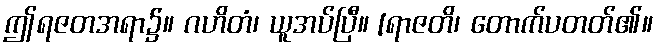
ဤရဇတအရာ၌။ ဂဟိတံ၊ ယူအပ်ပြီ။ [ရာဇတိ၊ တောက်ပတတ်၏။